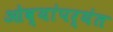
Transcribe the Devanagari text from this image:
ओव्यांपर्यंत